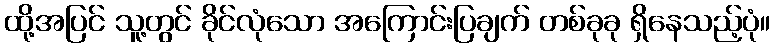
ထို့အပြင် သူ့တွင် ခိုင်လုံသော အကြောင်းပြချက် တစ်ခုခု ရှိနေသည့်ပုံ။